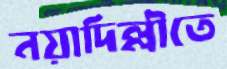
নয়াদিল্লীতে